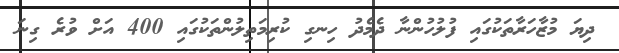
ދިޔަ މުޒާހަރާތަކުގައި ފުލުހުންނާ ދެމެދު ހިނގި ކުރިމަތިލުންތަކުގައި 400 އަށް ވުރެ ގިނަ